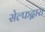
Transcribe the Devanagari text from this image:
सेल्फद्वारा